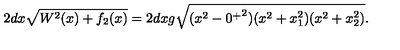
2 d x \sqrt { W ^ { 2 } ( x ) + f _ { 2 } ( x ) } = 2 d x g \sqrt { ( x ^ { 2 } - { 0 ^ { + } } ^ { 2 } ) ( x ^ { 2 } + x _ { 1 } ^ { 2 } ) ( x ^ { 2 } + x _ { 2 } ^ { 2 } ) } .